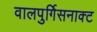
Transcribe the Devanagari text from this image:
वालपुर्गिसनाक्ट